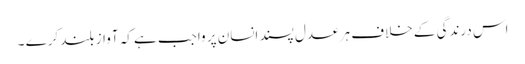
اس درندگی کے خلاف ہر عدل پسند انسان پر واجب ہے کہ آواز بلند کرے ۔